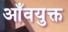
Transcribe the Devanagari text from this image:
आँवयुक्त